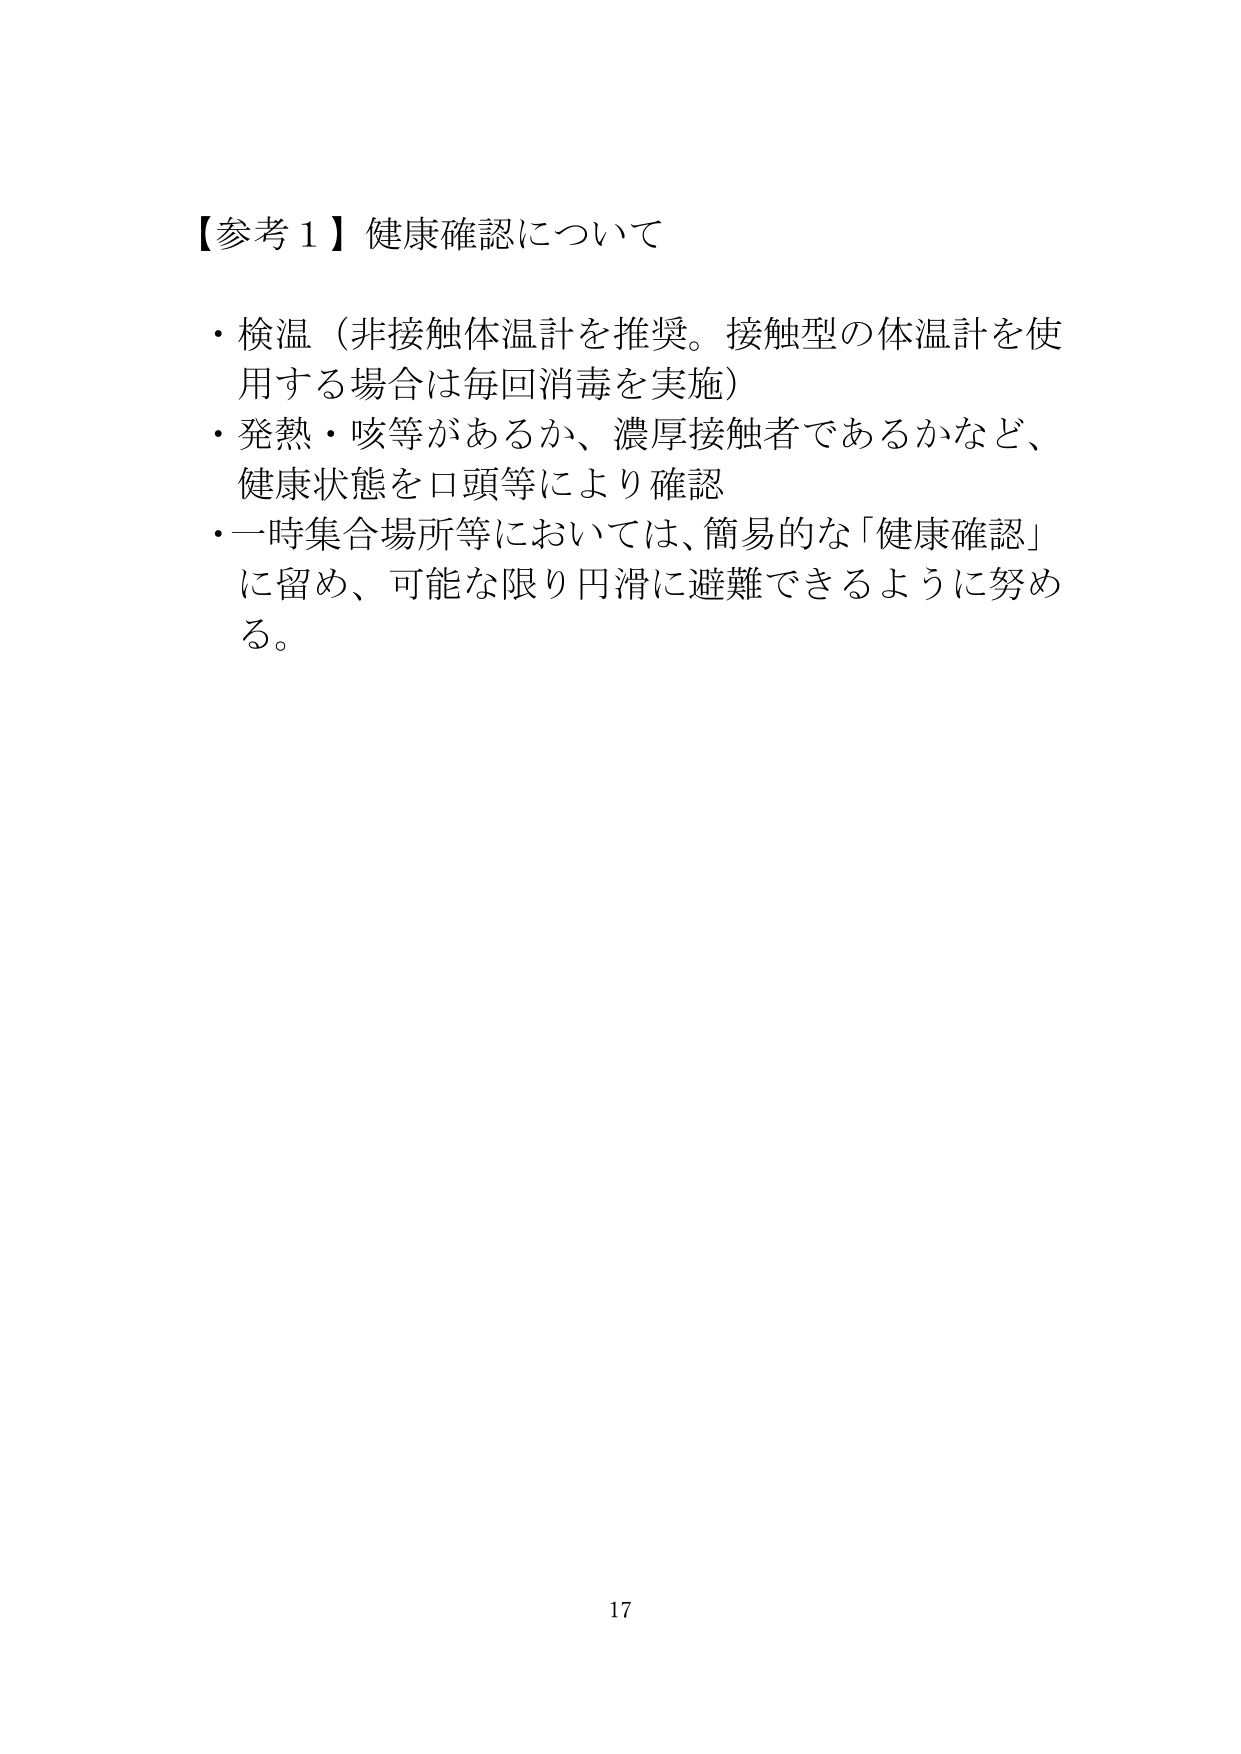
【参考１】健康確認について
・検温（非接触体温計を推奨。接触型の体温計を使用する場合は毎回消毒を実施）
・発熱・咳等があるか、濃厚接触者であるかなど、健康状態を口頭等により確認
・一時集合場所等においては、簡易的な「健康確認」に留め、可能な限り円滑に避難できるように努める。
17